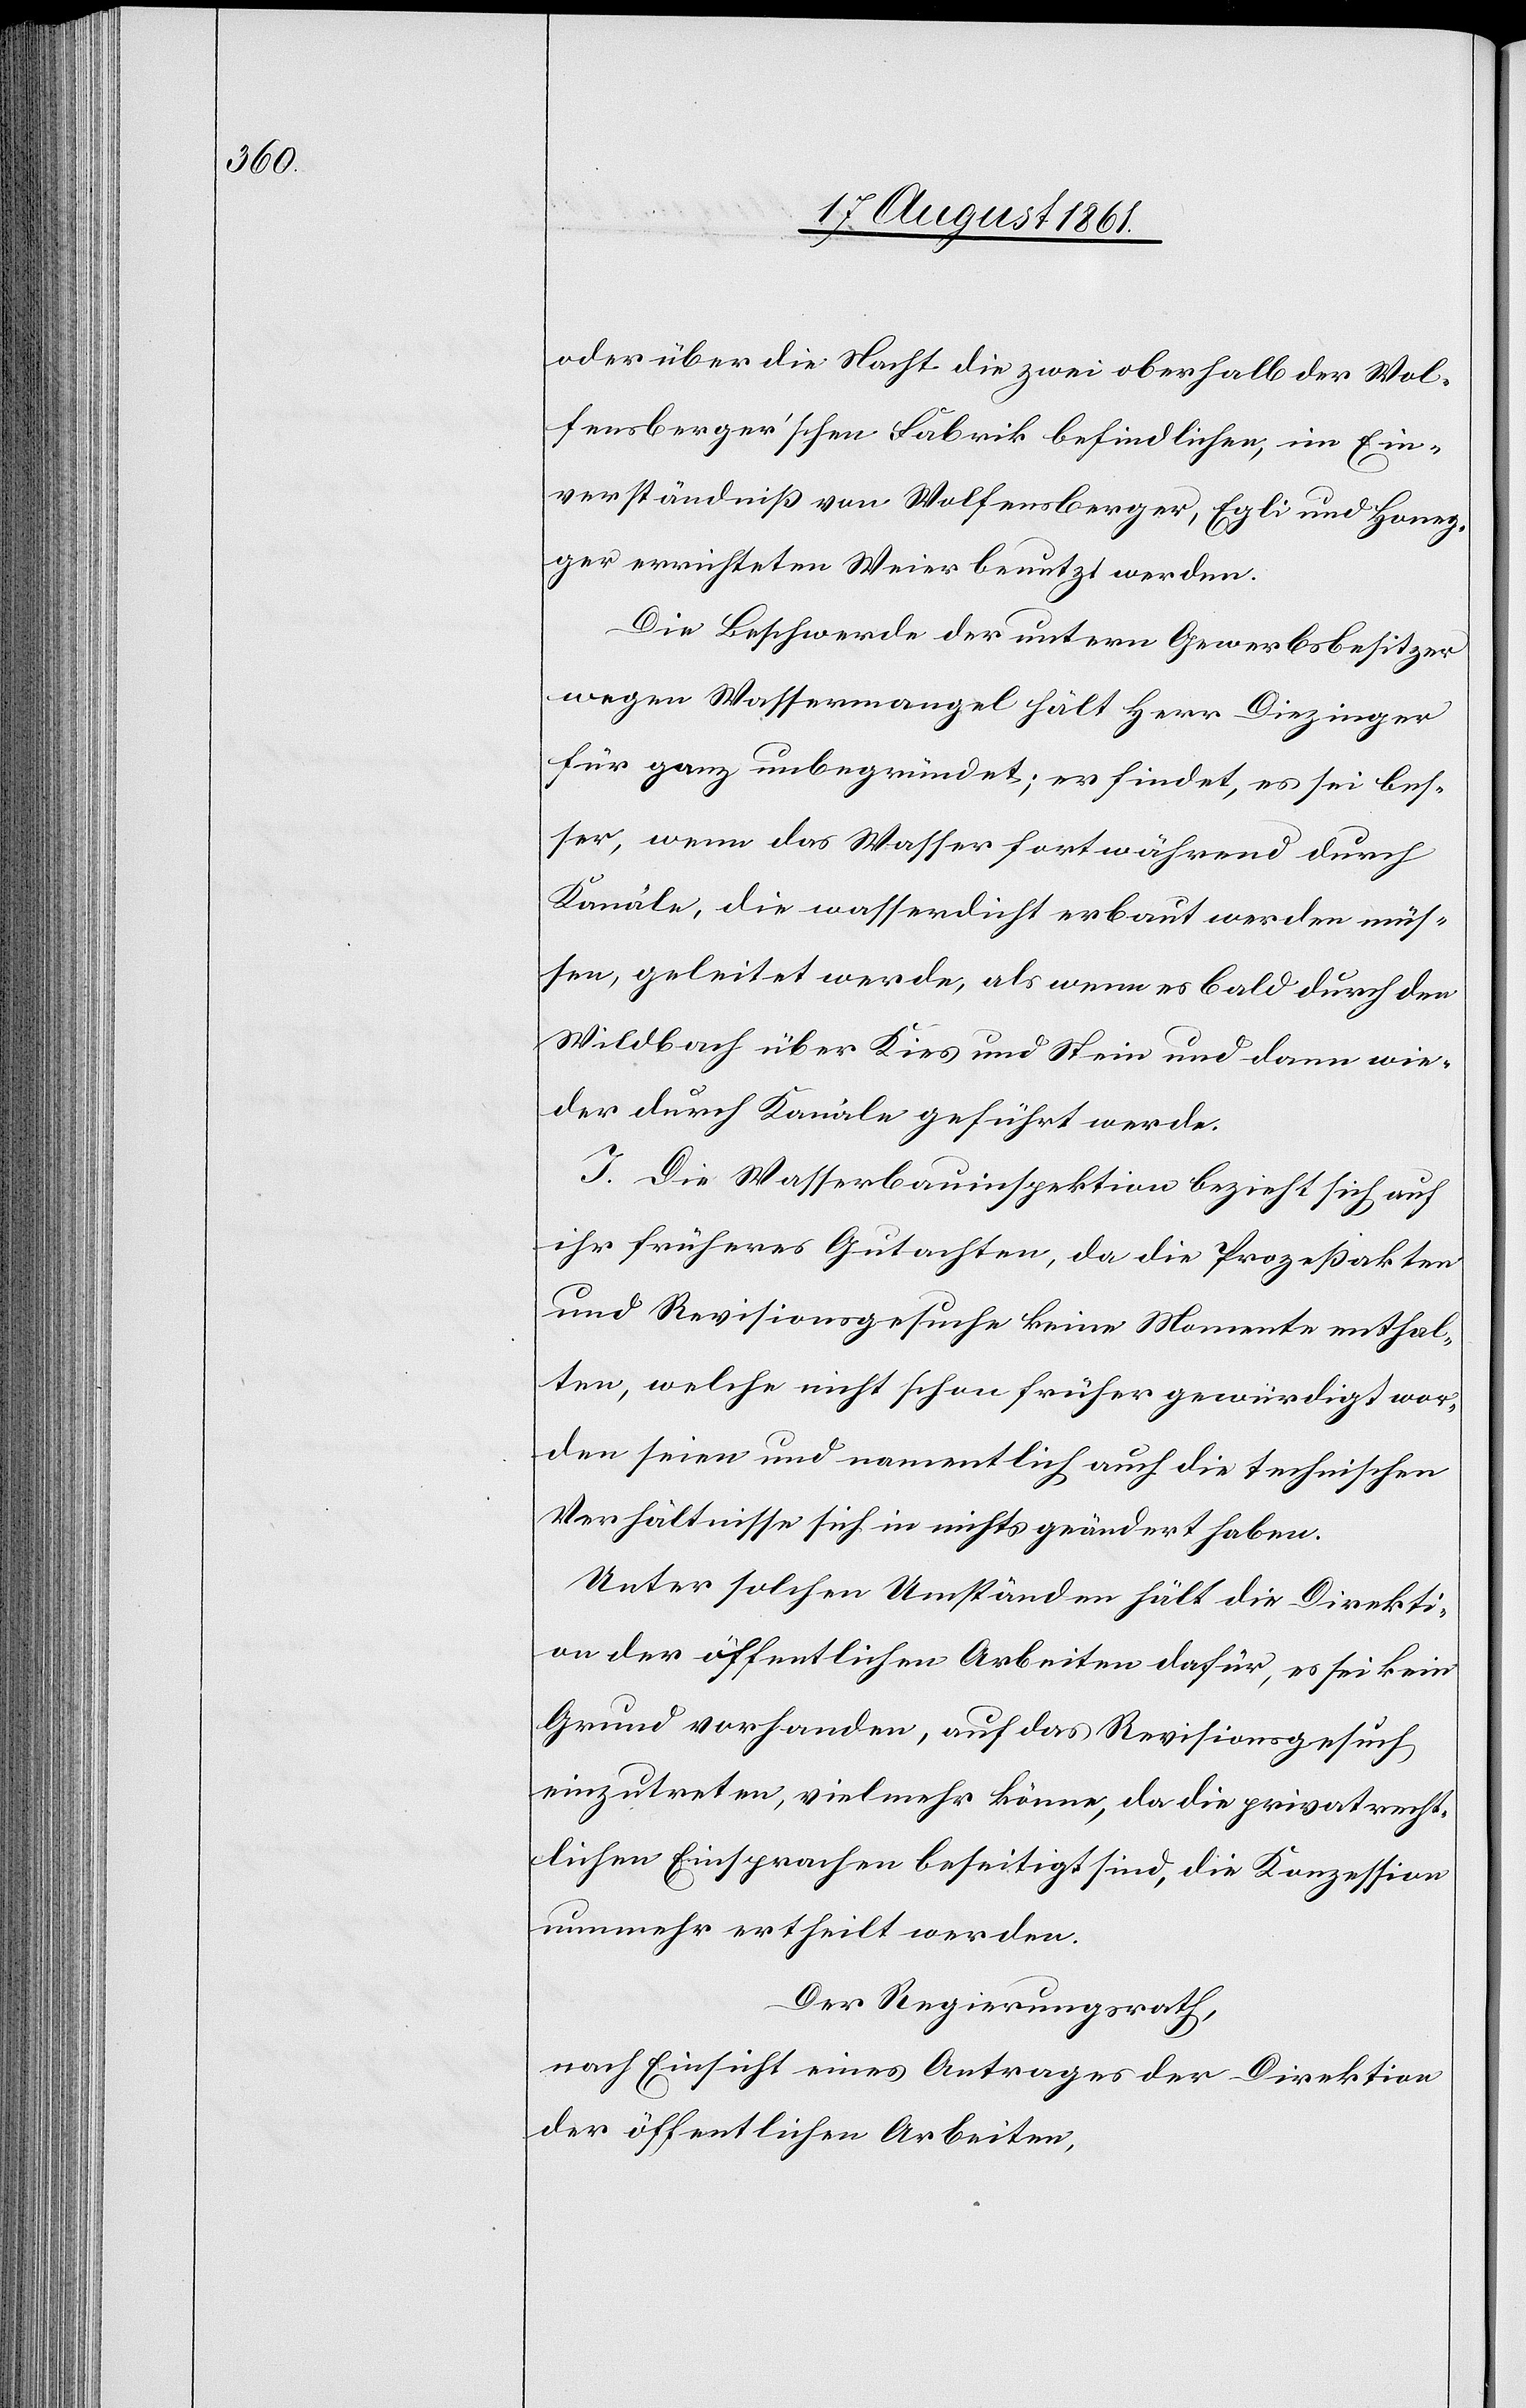
oder über die Nacht die zwei oberhalb der Wol¬
fensberger’schen Fabrik befindlichen, im Ein¬
verständniß von Wolfensberger, Egli und Honeg¬
ger errichteten Weier benutzt werden.
Die Beschwerde der untern Gewerbsbesitzer
wegen Wassermangel hält Herr Diezinger
für ganz unbegründet; er findet, es sei bes¬
ser, wenn das Wasser fortwährend durch
Kanäle, die wasserdicht erbaut werden müs¬
sen, geleitet werde, als wenn es bald durch den
Wildbach über Kies und Stein und dann wie¬
der durch Kanäle geführt werde.
J. Die Wasserbauinspektion bezieht sich auf
ihr früheres Gutachten, da die Prozeßakten
und Revisionsgesuche keine Momente enthal¬
ten, welche nicht schon früher gewärtigt wor¬
den seien und namentlich auch die technischen
Verhältnisse sich in nichts geändert haben.
Unter solchen Umständen hält die Direkti¬
on der öffentlichen Arbeiten dafür, es sei kein
Grund vorhanden, auf das Revisionsgesuch
einzutreten, vielmehr könne, da die privatrecht¬
lichen Einsprachen beseitigt sind, die Konzession
nunmehr ertheilt werden.
Der Regierungsrath,
nach Einsicht eines Antrages der Direktion
der öffentlichen Arbeiten,